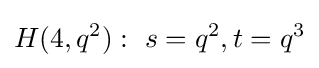
H(4,q^{2}):\ s=q^{2},t=q^{3}